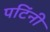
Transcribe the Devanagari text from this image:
पटिंनी